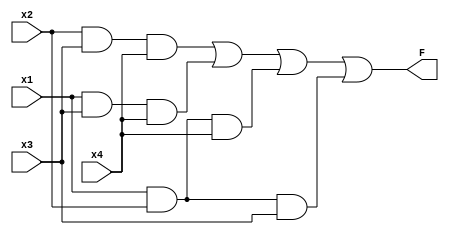
`timescale 1ns / 1ps
//////////////////////////////////////////////////////////////////////////////////
// Company: 
// Engineer: 
// 
// Design Name: 
// Module Name: k_map_5
// Project Name: 
// Target Devices: 
// Tool Versions: 
// Description: 
// 
// Dependencies: 
// 
// Revision:
// Revision 0.01 - File Created
// Additional Comments:
// 
//////////////////////////////////////////////////////////////////////////////////


module k_map_5(
    x4,x3,x2,x1,F
    );
    input x1,x2,x3,x4;
    output F;
    assign F = (x2&x3&x4)|(x1&x3&x4)|(x1&x2&x4)|(x1&x2&x3);
endmodule